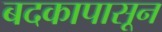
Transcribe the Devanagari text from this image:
बदकापासून